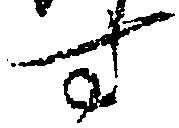
す